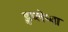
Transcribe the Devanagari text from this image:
डुप्लेच्या